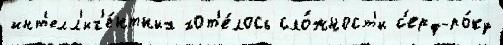
инт'елл'иг'е́нтных хот'е́лось сло́жност'и с'ерф-ро́ку